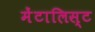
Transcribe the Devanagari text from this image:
मेंटालिस्ट